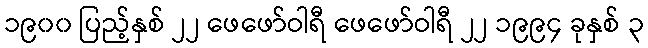
၁၉၀၀ ပြည့်နှစ် ၂၂ ဖေဖော်ဝါရီ ဖေဖော်ဝါရီ ၂၂ ၁၉၉၄ ခုနှစ် ၃